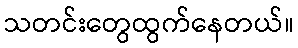
သတင်းတွေထွက်နေတယ်။